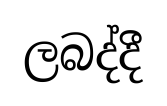
ලබද්දී